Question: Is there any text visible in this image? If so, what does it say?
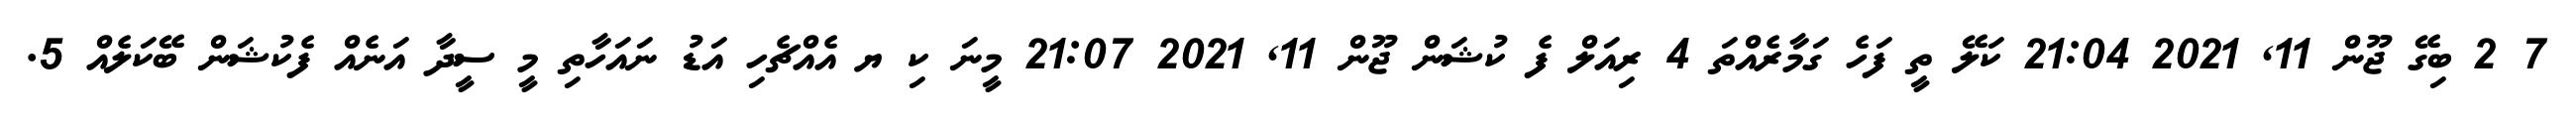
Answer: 7 2 ބިގޭ ޖޫން 11, 2021 21:04 ކަލޭ ތީ ފަހެ ގަމާރެއްތަ 4 ރިއަލް ފެ ކުޝަން ޖޫން 11, 2021 21:07 މީނަ ކި ޔ އެއްޗެހި އަޑު ނައަހާތި މީ ސީދާ އަނެއް ފެކުޝަން ބޭކަލެއް 5.